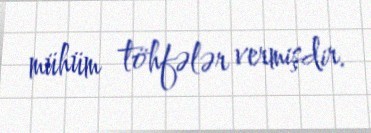
mühüm töhfələr vermişdir.